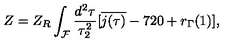
Z = Z _ { R } \int _ { \cal F } \frac { d ^ { 2 } \tau } { \tau _ { 2 } ^ { 2 } } [ \overline { { j ( \tau ) } } - 7 2 0 + r _ { \Gamma } ( 1 ) ] ,